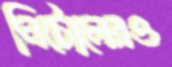
নিটোলেরও